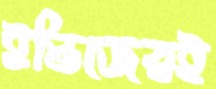
ইন্ডিজেরই